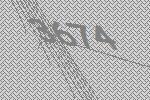
3674